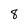
Character: 8